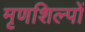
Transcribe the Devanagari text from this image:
मृणशिल्पों